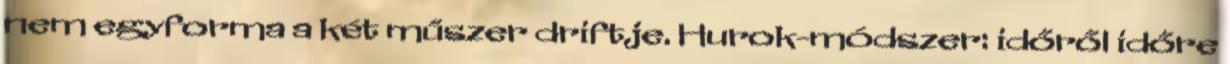
nem egyforma a két műszer driftje. Hurok-módszer: időről időre